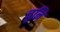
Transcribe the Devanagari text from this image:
चुनि